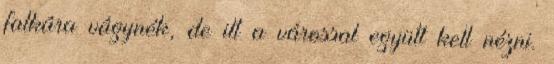
falkára vágynék, de itt a várossal együtt kell nézni.